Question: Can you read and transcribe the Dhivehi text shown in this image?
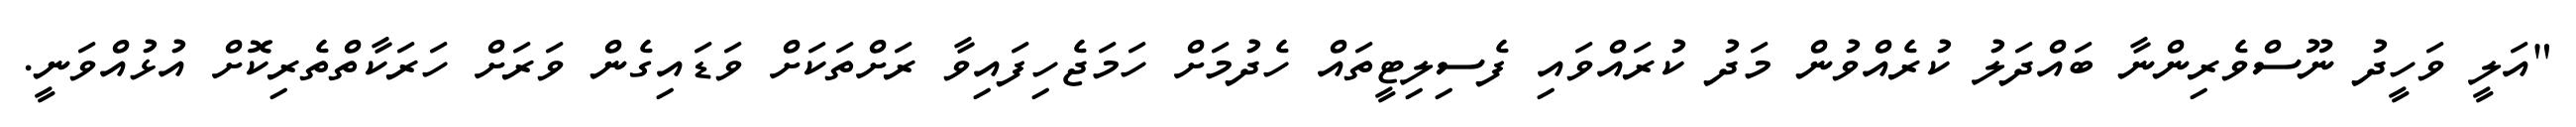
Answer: "އަލީ ވަހީދު ނޫސްވެރިންނާ ބައްދަލު ކުރެއްވުން މަދު ކުރައްވައި ފެސިލިޓީތައް ހެދުމަށް ހަމަޖެހިފައިވާ ރަށްތަކަށް ވަޑައިގެން ވަރަށް ހަރަކާތްތެރިކޮށް އުޅުއްވަނީ.